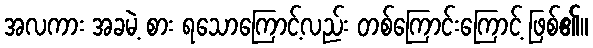
အလကား အခမဲ့ စား ရသောကြောင့်လည်း တစ်ကြောင်းကြောင့် ဖြစ်၏။